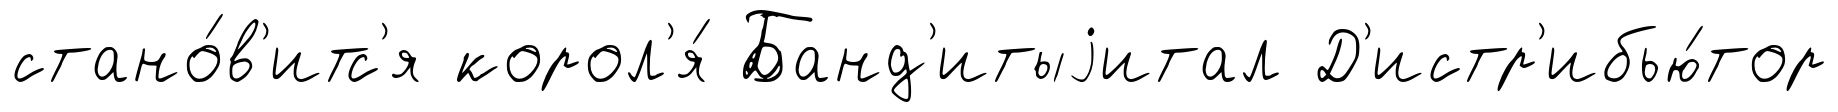
стано́в'итс'я корол'я́ Банд'итыjитал Д'истр'ибью́тор